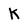
Character: K